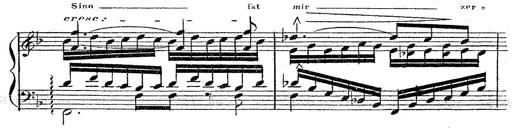
Title: 12 Lieder von Franz Schubert
Composer: Franz Liszt